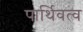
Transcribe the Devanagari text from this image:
पार्थिवत्व